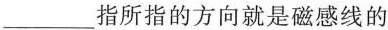
___指所指的方向就是磁感线的